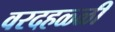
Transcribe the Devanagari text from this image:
वरदहळ्ळी